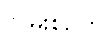
လမ်းစဉ်ကို